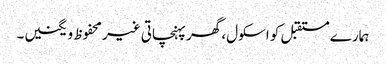
ہمارے مستقبل کو اسکول، گھر پہنچاتی غیر محفوظ ویگنیں۔